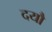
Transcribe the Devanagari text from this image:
दयौ